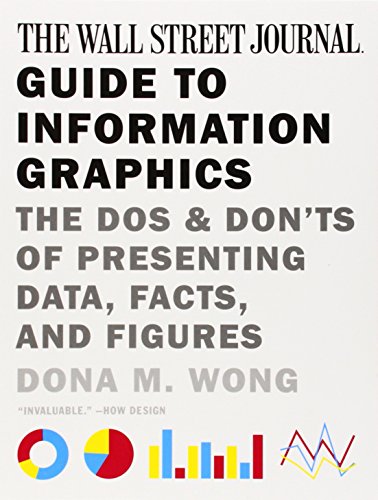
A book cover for The Wall Street Journal Guide to Information Graphics: The Dos and Don'ts of Presenting Data, Facts, and Figures; Dona M. Wong; Business & Money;